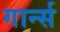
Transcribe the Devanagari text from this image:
गार्न्स